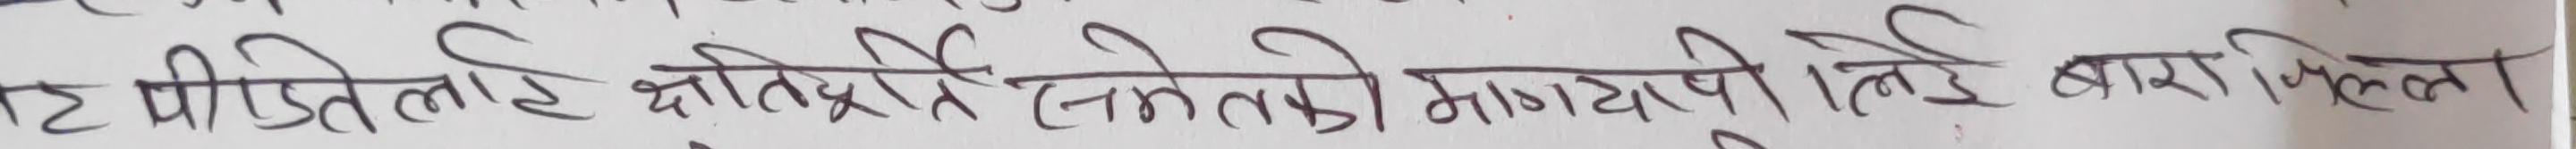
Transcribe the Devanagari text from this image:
टमीजिलै बितिरदै समेतकी माग्यो तीतै बारी किल्लो